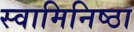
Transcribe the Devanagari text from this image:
स्वामिनिष्ठा